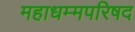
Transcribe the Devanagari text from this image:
महाधम्मपरिषद